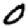
Digit: 0